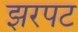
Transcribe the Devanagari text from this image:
झरपट